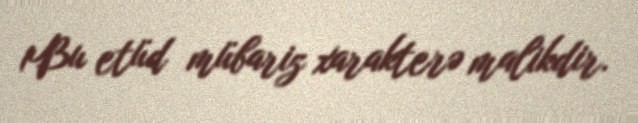
1Bu etüd mübariz xarakterə malikdir.